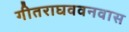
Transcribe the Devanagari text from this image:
गीतराघववनवास